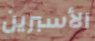
الأسبرين